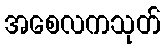
အစေလကသုတ်